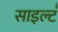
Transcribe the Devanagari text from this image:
साइल्ट॑